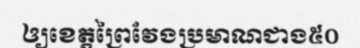
ឲ្យខេត្តព្រៃវែងប្រមាណជាង៥០